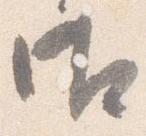
御